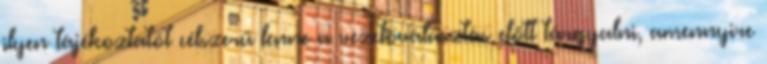
ilyen tájékoztatót célszerű lenne a vezetőválasztás előtt tárgyalni, amennyire